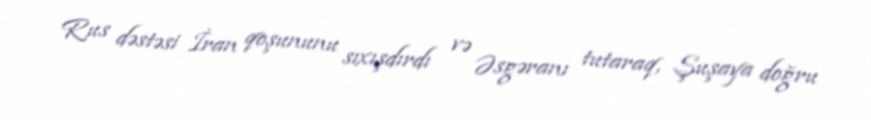
Rus dəstəsi İran qoşununu sıxışdırdı və Əsgəranı tutaraq, Şuşaya doğru